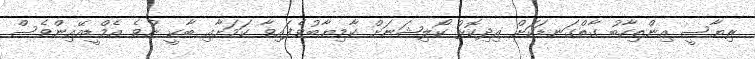
ރިޔާސީ އިންތިހާބު ގާތްގަނޑަކަށް އިދިކޮޅު ކޯލިޝަނަށް ކާމިޔާބުވެފައިވާ ކަމަށާއި ބާކީ ނުވެ އެމްޑީއޭއިންވެސް